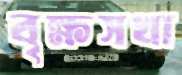
বৃক্ষসখা